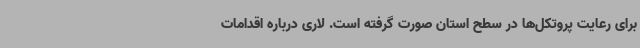
برای رعایت پروتکل‌ها در سطح استان صورت گرفته است. لاری درباره اقدامات